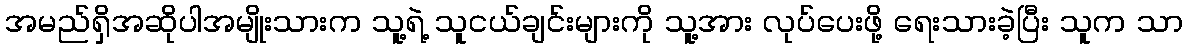
အမည်ရှိအဆိုပါအမျိုးသားက သူ့ရဲ့ သူငယ်ချင်းများကို သူ့အား လုပ်ပေးဖို့ ရေးသားခဲ့ပြီး သူက သာ